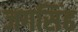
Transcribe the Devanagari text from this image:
जगसिंह